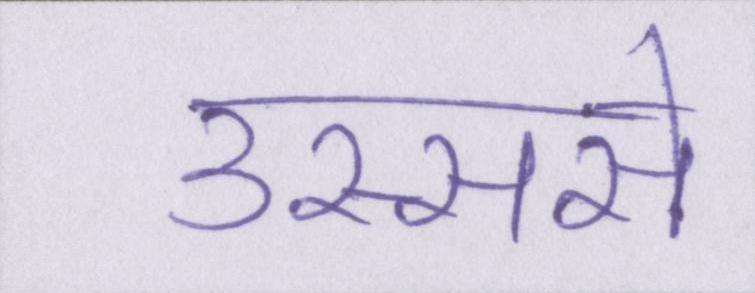
उस्ससे